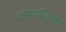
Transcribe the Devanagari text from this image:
कामाधिक्य